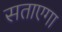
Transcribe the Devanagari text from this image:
सताएगा